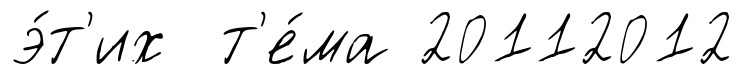
э́т'их т'е́ма 20112012